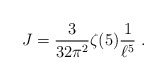
\begin{align*}J = {3\over 32\pi^2} \zeta(5) {1\over \ell^5} \ .\end{align*}